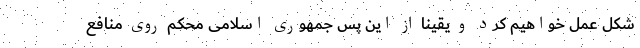
شکل عمل خواهیم کرد و یقینا از این پس جمهوری اسلامی محکم روی منافع